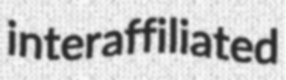
interaffiliated